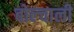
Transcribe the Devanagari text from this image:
बोल्चाली